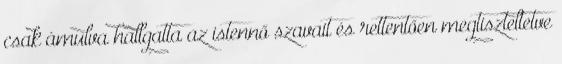
csak ámulva hallgatta az istennő szavait és rettentően megtiszteltetve